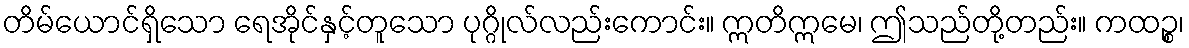
တိမ်ယောင်ရှိသော ရေအိုင်နှင့်တူသော ပုဂ္ဂိုလ်လည်းကောင်း။ ဣတိဣမေ၊ ဤသည်တို့တည်း။ ကထဉ္စ၊